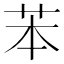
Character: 苯